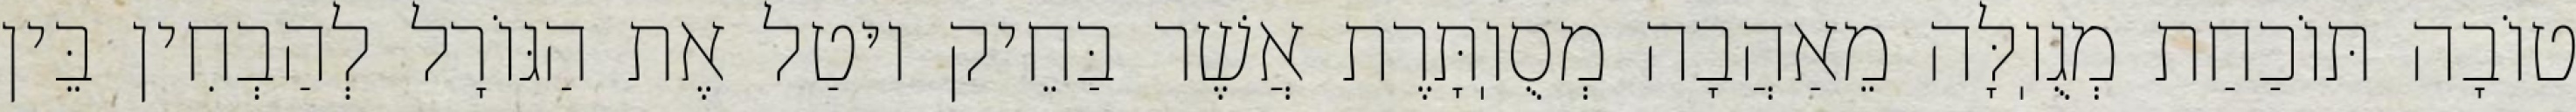
טוֹבָה תּוֹכַחַת מְגֻוֽלָּה מֵאַהֲבָה מְסֻוֽתָּרֶת אֲשֶׁר בַּחֵיק יוּטַל אֶת הַגּוֹרָל לְהַבְחִין בֵּין